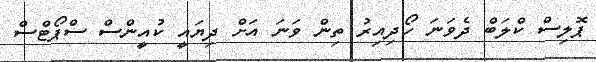
ޕޮލިސް ކްލަބް ދެވަނަ ހޯދިއިރު ތިން ވަނަ އަށް ދިޔައީ ކުއީންސް ސްޕޯޓްސް